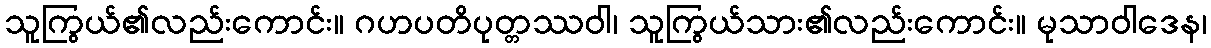
သူကြွယ်၏လည်းကောင်း။ ဂဟပတိပုတ္တဿဝါ၊ သူကြွယ်သား၏လည်းကောင်း။ မုသာဝါဒေန၊